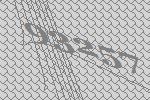
93257